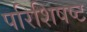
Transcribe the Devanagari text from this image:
परिशिषष्ट